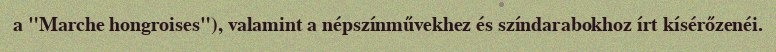
a "Marche hongroises"), valamint a népszínművekhez és színdarabokhoz írt kísérőzenéi.